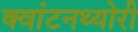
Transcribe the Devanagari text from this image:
क्‍वांटनथ्‍योरी